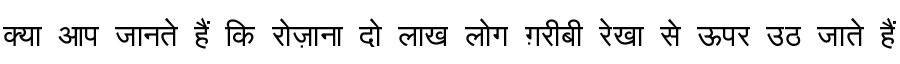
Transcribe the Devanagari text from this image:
क्या आप जानते हैं कि रोज़ाना दो लाख लोग ग़रीबी रेखा से ऊपर उठ जाते हैं